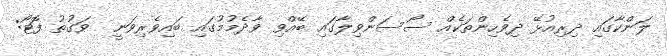
ލަންކާގައި ދިރިއުޅޭ ދިވެހިންތަކެއް ސޯސަންވިލާގައި ބޭއްވި ވާދެމުމުގައި ބައިވެރިވަނީ  ވަގުތު ފޮޓޯ: